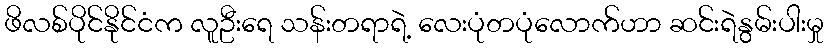
ဖိလစ်ပိုင်နိုင်ငံက လူဦးရေ သန်းတရာရဲ့ လေးပုံတပုံလောက်ဟာ ဆင်းရဲနွမ်းပါးမှု